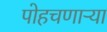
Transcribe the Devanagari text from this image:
पोहचणाऱ्या